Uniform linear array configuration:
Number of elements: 24
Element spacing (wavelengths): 0.75
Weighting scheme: blackman
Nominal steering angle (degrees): -30
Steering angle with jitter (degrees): -29.197
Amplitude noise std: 0.05
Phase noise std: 0.05

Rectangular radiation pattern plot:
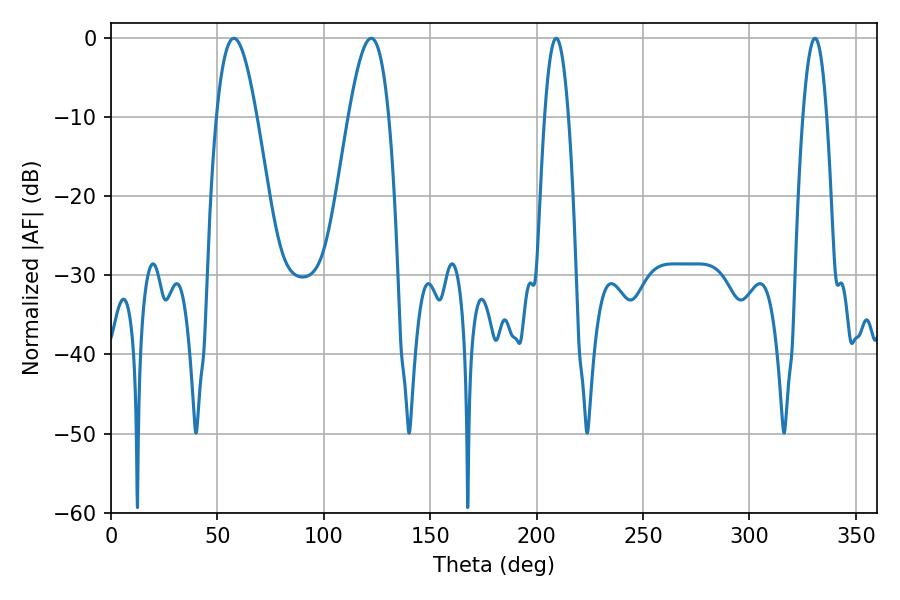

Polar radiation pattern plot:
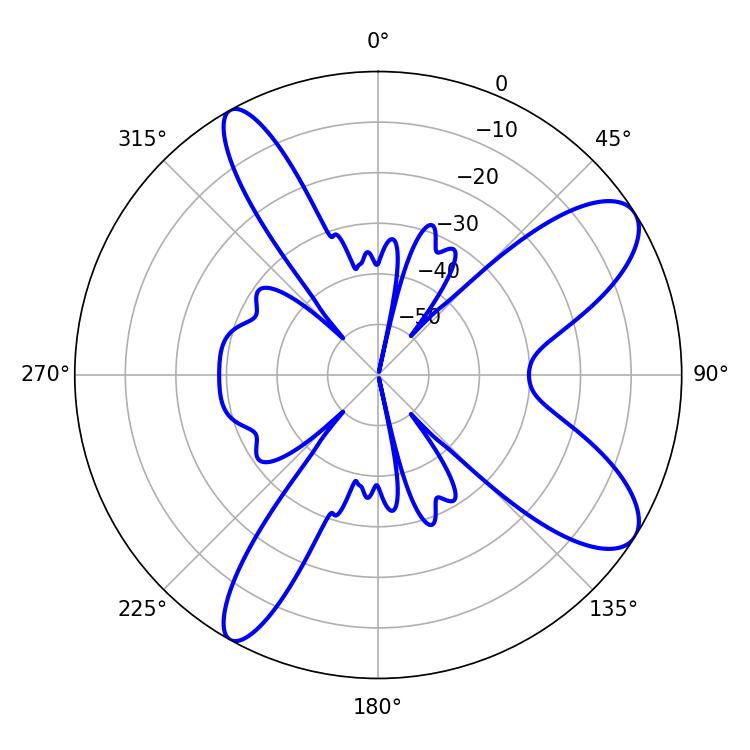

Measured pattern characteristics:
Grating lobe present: TRUE
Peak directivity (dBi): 9.629
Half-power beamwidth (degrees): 10.26
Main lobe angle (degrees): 57.78